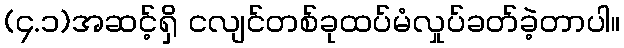
(၄.၁)အဆင့်ရှိ ငလျင်တစ်ခုထပ်မံလှုပ်ခတ်ခဲ့တာပါ။